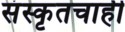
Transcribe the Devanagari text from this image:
संस्कृतचाही